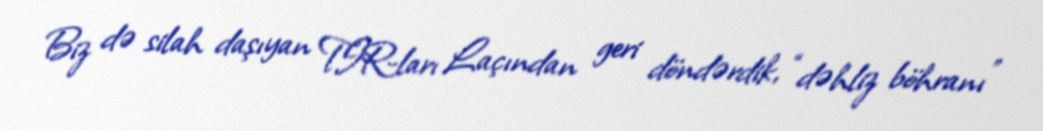
Biz də silah daşıyan TIR-ları Laçından geri döndərdik, “dəhliz böhranı”